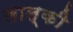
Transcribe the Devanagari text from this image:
लाल्की